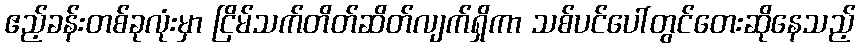
ဧည့်ခန်းတစ်ခုလုံးမှာ ငြိမ်သက်တိတ်ဆိတ်လျက်ရှိကာ သစ်ပင်ပေါ်တွင်တေးဆိုနေသည့်